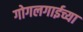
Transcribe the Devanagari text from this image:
गोगलगाईच्या